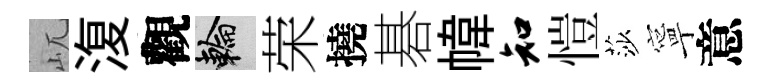
屼𣸪觀輪荣撓碁幃知愷莎寧意